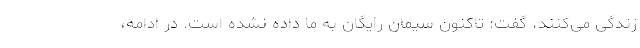
زندگی می‌کنند، گفت: تاکنون سیمان رایگان به ما داده نشده است. در ادامه،